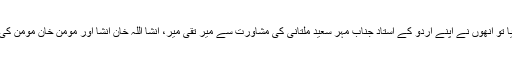
شاعرؔنے دورانِ تعلیم شعر گوئی کا آغاز کیا تو انھوں نے اپنے اُردو کے اُستاد جناب مہرؔ سعید ملتانی کی مشاورت سے میر تقی میرؔ، انشا اللہ خان انشاؔ اور مومن خان مومن کی طرح اپنا قلمی نام شاعر علی شاعرؔ اپنا لیا۔